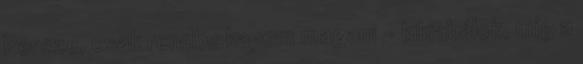
Persze, csak rendbe kapom magam - kikiabálok, míg a